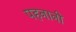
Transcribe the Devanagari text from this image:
पहनानी